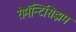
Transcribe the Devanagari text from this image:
रोमॅन्टिसिझम